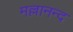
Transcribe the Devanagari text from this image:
मल्लानन्द